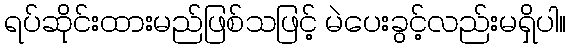
ရပ်ဆိုင်းထားမည်ဖြစ်သဖြင့် မဲပေးခွင့်လည်းမရှိပါ။